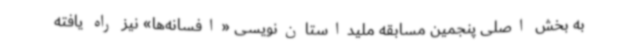
به بخش اصلی پنجمین مسابقه‌ ملیداستان‌نویسی «افسانه‌ها» نیز راه یافته